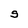
Character: S